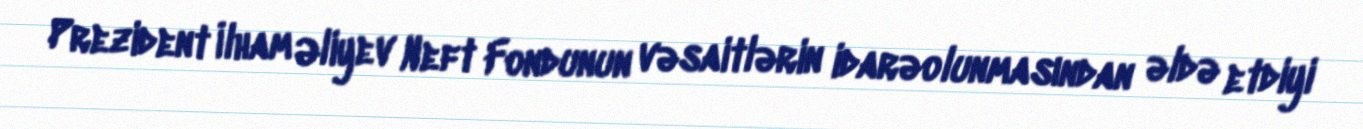
Prezident İlham Əliyev Neft Fondunun vəsaitlərin idarəolunmasından əldə etdiyi